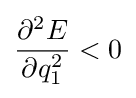
{\frac {\partial ^{2}E}{\partial q_{1}^{2}}}<0